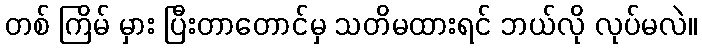
တစ် ကြိမ် မှား ပြီးတာတောင်မှ သတိမထားရင် ဘယ်လို လုပ်မလဲ။